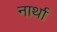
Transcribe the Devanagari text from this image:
नार्था